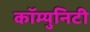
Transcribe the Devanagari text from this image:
कॉम्‍युनिटी